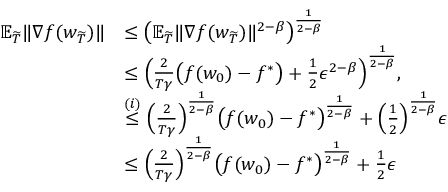
\begin{array} { r l } { \mathbb { E } _ { \widetilde { T } } \| \nabla f ( w _ { \widetilde { T } } ) \| } & { \le \big ( \mathbb { E } _ { \widetilde { T } } \| \nabla f ( w _ { \widetilde { T } } ) \| ^ { 2 - \beta } \big ) ^ { \frac { 1 } { 2 - \beta } } } \\ & { \le \Big ( \frac { 2 } { T \gamma } \big ( f ( w _ { 0 } ) - f ^ { * } \big ) + \frac { 1 } { 2 } \epsilon ^ { 2 - \beta } \Big ) ^ { \frac { 1 } { 2 - \beta } } , } \\ & { \overset { ( i ) } { \le } \Big ( \frac { 2 } { T \gamma } \Big ) ^ { \frac { 1 } { 2 - \beta } } \big ( f ( w _ { 0 } ) - f ^ { * } \big ) ^ { \frac { 1 } { 2 - \beta } } + \Big ( \frac { 1 } { 2 } \Big ) ^ { \frac { 1 } { 2 - \beta } } \epsilon } \\ & { \le \Big ( \frac { 2 } { T \gamma } \Big ) ^ { \frac { 1 } { 2 - \beta } } \big ( f ( w _ { 0 } ) - f ^ { * } \big ) ^ { \frac { 1 } { 2 - \beta } } + \frac { 1 } { 2 } \epsilon } \end{array}